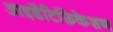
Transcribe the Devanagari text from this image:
आइडेंटिफ़िकेशन